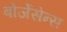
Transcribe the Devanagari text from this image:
बोर्जेसेन्स